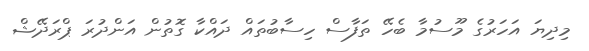
މިދިޔަ އަހަރުގެ މޫސުމާ ބެހޭ ތަފާސް ހިސާބުތައް ދައްކާ ގޮތުން އަންދުރަ ޕްރަދޭޝް